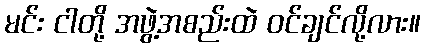
မင်း ငါတို့ အဖွဲ့အစည်းထဲ ဝင်ချင်လို့လား။